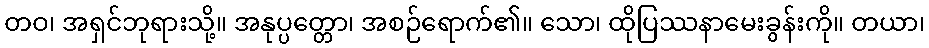
တဝ၊ အရှင်ဘုရားသို့။ အနုပ္ပတ္တော၊ အစဉ်ရောက်၏။ သော၊ ထိုပြဿနာမေးခွန်းကို။ တယာ၊